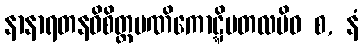
နာနာရတနဝိစိတ္တမဏိကောဋ္ဋိမတလမိဝ စ, နံ